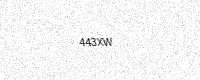
Text: 443XW